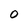
Character: 0